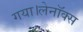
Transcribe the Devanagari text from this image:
गया।लेनॉक्स